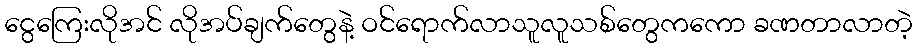
ငွေကြေးလိုအင် လိုအပ်ချက်တွေနဲ့ ဝင်ရောက်လာသူလူသစ်တွေကကော ခဏတာလာတဲ့